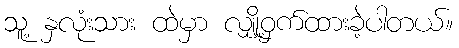
သူ့ နှလုံးသား ထဲမှာ လျှို့ဝှက်ထားခဲ့ပါတယ်။